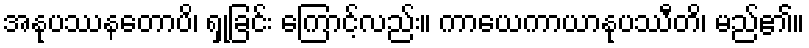
အနုပဿနတောပိ၊ ရှုခြင်း ကြောင့်လည်း။ ကာယေကာယာနုပဿီတိ၊ မည်၏။